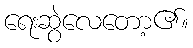
ရေးဆွဲလေတော့၏။